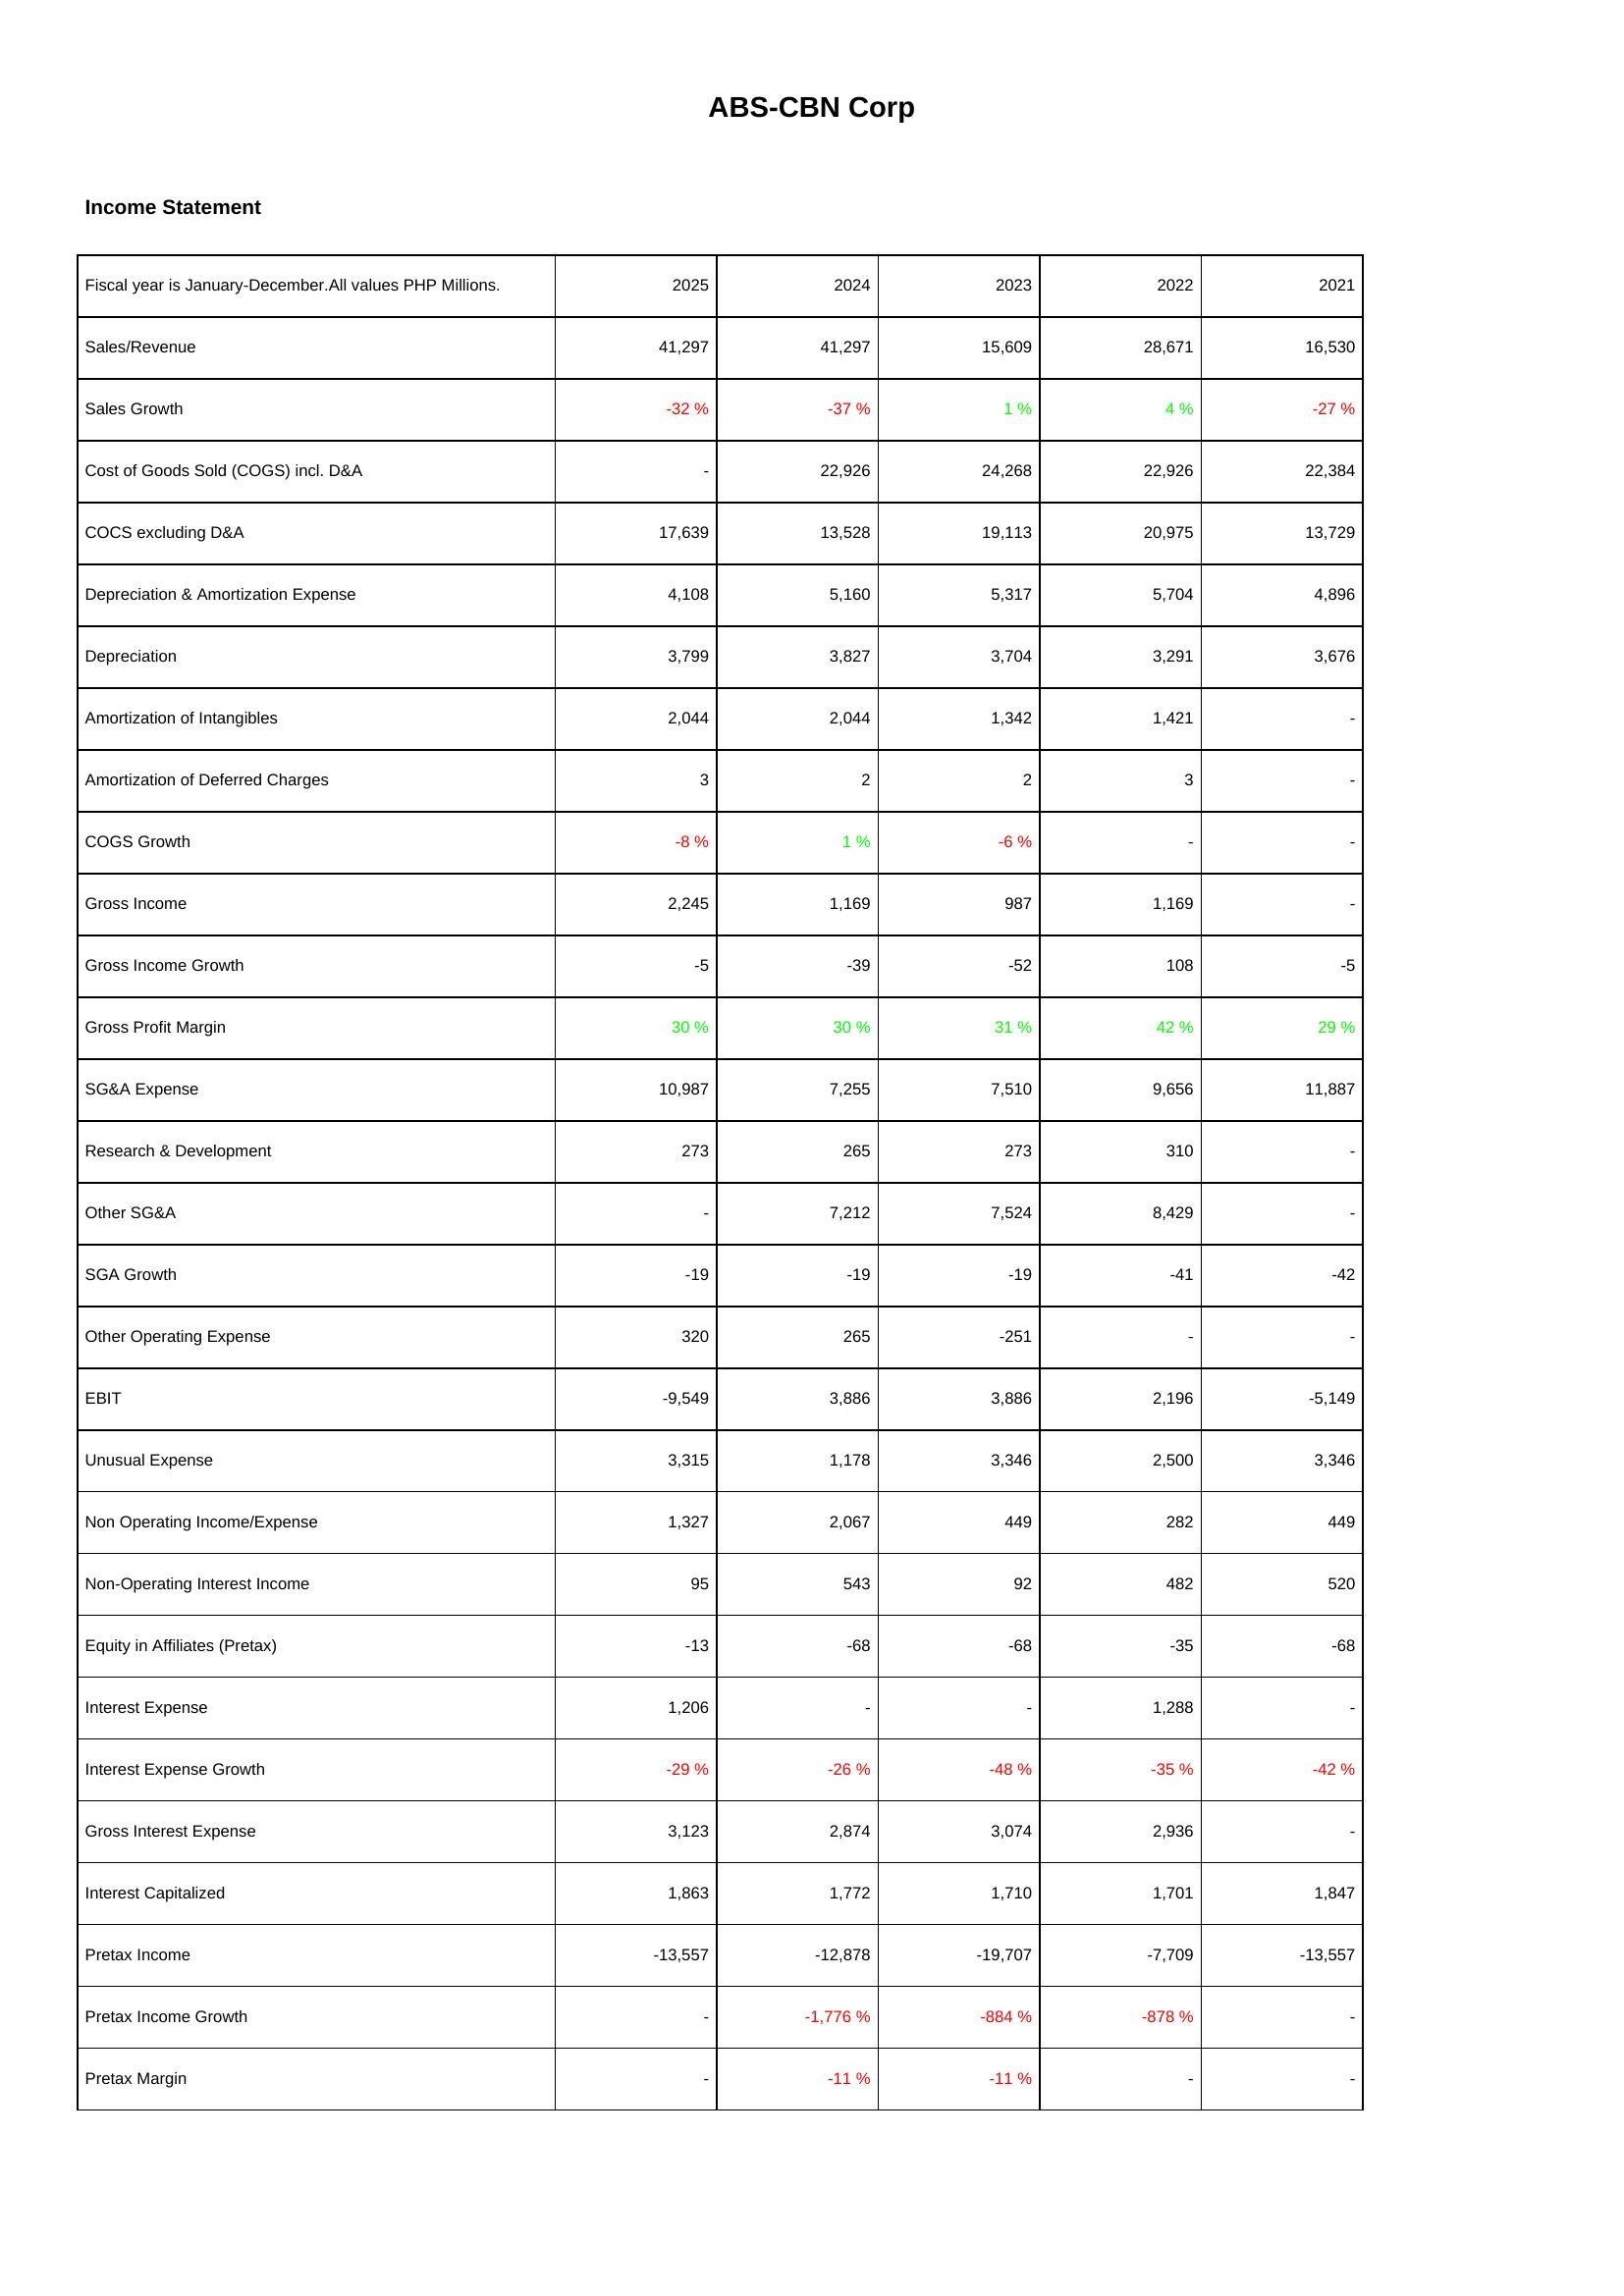
2025: Income Statement: Sales/Revenue: 41,297
Sales Growth: -32 %
Cost of Goods Sold (COGS) incl. D&A: -
COCS excluding D&A: 17,639
Depreciation & Amortization Expense: 4,108
Depreciation: 3,799
Amortization of Intangibles: 2,044
Amortization of Deferred Charges: 3
COGS Growth: -8 %
Gross Income: 2,245
Gross Income Growth: -5
Gross Profit Margin: 30 %
SG&A Expense: 10,987
Research & Development: 273
Other SG&A: -
SGA Growth: -19
Other Operating Expense: 320
EBIT: -9,549
Unusual Expense: 3,315
Non Operating Income/Expense: 1,327
Non-Operating Interest Income: 95
Equity in Affiliates (Pretax): -13
Interest Expense: 1,206
Interest Expense Growth: -29 %
Gross Interest Expense: 3,123
Interest Capitalized: 1,863
Pretax Income: -13,557
Pretax Income Growth: -
Pretax Margin: -
2024: Income Statement: Sales/Revenue: 41,297
Sales Growth: -37 %
Cost of Goods Sold (COGS) incl. D&A: 22,926
COCS excluding D&A: 13,528
Depreciation & Amortization Expense: 5,160
Depreciation: 3,827
Amortization of Intangibles: 2,044
Amortization of Deferred Charges: 2
COGS Growth: 1 %
Gross Income: 1,169
Gross Income Growth: -39
Gross Profit Margin: 30 %
SG&A Expense: 7,255
Research & Development: 265
Other SG&A: 7,212
SGA Growth: -19
Other Operating Expense: 265
EBIT: 3,886
Unusual Expense: 1,178
Non Operating Income/Expense: 2,067
Non-Operating Interest Income: 543
Equity in Affiliates (Pretax): -68
Interest Expense: -
Interest Expense Growth: -26 %
Gross Interest Expense: 2,874
Interest Capitalized: 1,772
Pretax Income: -12,878
Pretax Income Growth: -1,776 %
Pretax Margin: -11 %
2023: Income Statement: Sales/Revenue: 15,609
Sales Growth: 1 %
Cost of Goods Sold (COGS) incl. D&A: 24,268
COCS excluding D&A: 19,113
Depreciation & Amortization Expense: 5,317
Depreciation: 3,704
Amortization of Intangibles: 1,342
Amortization of Deferred Charges: 2
COGS Growth: -6 %
Gross Income: 987
Gross Income Growth: -52
Gross Profit Margin: 31 %
SG&A Expense: 7,510
Research & Development: 273
Other SG&A: 7,524
SGA Growth: -19
Other Operating Expense: -251
EBIT: 3,886
Unusual Expense: 3,346
Non Operating Income/Expense: 449
Non-Operating Interest Income: 92
Equity in Affiliates (Pretax): -68
Interest Expense: -
Interest Expense Growth: -48 %
Gross Interest Expense: 3,074
Interest Capitalized: 1,710
Pretax Income: -19,707
Pretax Income Growth: -884 %
Pretax Margin: -11 %
2022: Income Statement: Sales/Revenue: 28,671
Sales Growth: 4 %
Cost of Goods Sold (COGS) incl. D&A: 22,926
COCS excluding D&A: 20,975
Depreciation & Amortization Expense: 5,704
Depreciation: 3,291
Amortization of Intangibles: 1,421
Amortization of Deferred Charges: 3
COGS Growth: -
Gross Income: 1,169
Gross Income Growth: 108
Gross Profit Margin: 42 %
SG&A Expense: 9,656
Research & Development: 310
Other SG&A: 8,429
SGA Growth: -41
Other Operating Expense: -
EBIT: 2,196
Unusual Expense: 2,500
Non Operating Income/Expense: 282
Non-Operating Interest Income: 482
Equity in Affiliates (Pretax): -35
Interest Expense: 1,288
Interest Expense Growth: -35 %
Gross Interest Expense: 2,936
Interest Capitalized: 1,701
Pretax Income: -7,709
Pretax Income Growth: -878 %
Pretax Margin: -
2021: Income Statement: Sales/Revenue: 16,530
Sales Growth: -27 %
Cost of Goods Sold (COGS) incl. D&A: 22,384
COCS excluding D&A: 13,729
Depreciation & Amortization Expense: 4,896
Depreciation: 3,676
Amortization of Intangibles: -
Amortization of Deferred Charges: -
COGS Growth: -
Gross Income: -
Gross Income Growth: -5
Gross Profit Margin: 29 %
SG&A Expense: 11,887
Research & Development: -
Other SG&A: -
SGA Growth: -42
Other Operating Expense: -
EBIT: -5,149
Unusual Expense: 3,346
Non Operating Income/Expense: 449
Non-Operating Interest Income: 520
Equity in Affiliates (Pretax): -68
Interest Expense: -
Interest Expense Growth: -42 %
Gross Interest Expense: -
Interest Capitalized: 1,847
Pretax Income: -13,557
Pretax Income Growth: -
Pretax Margin: -